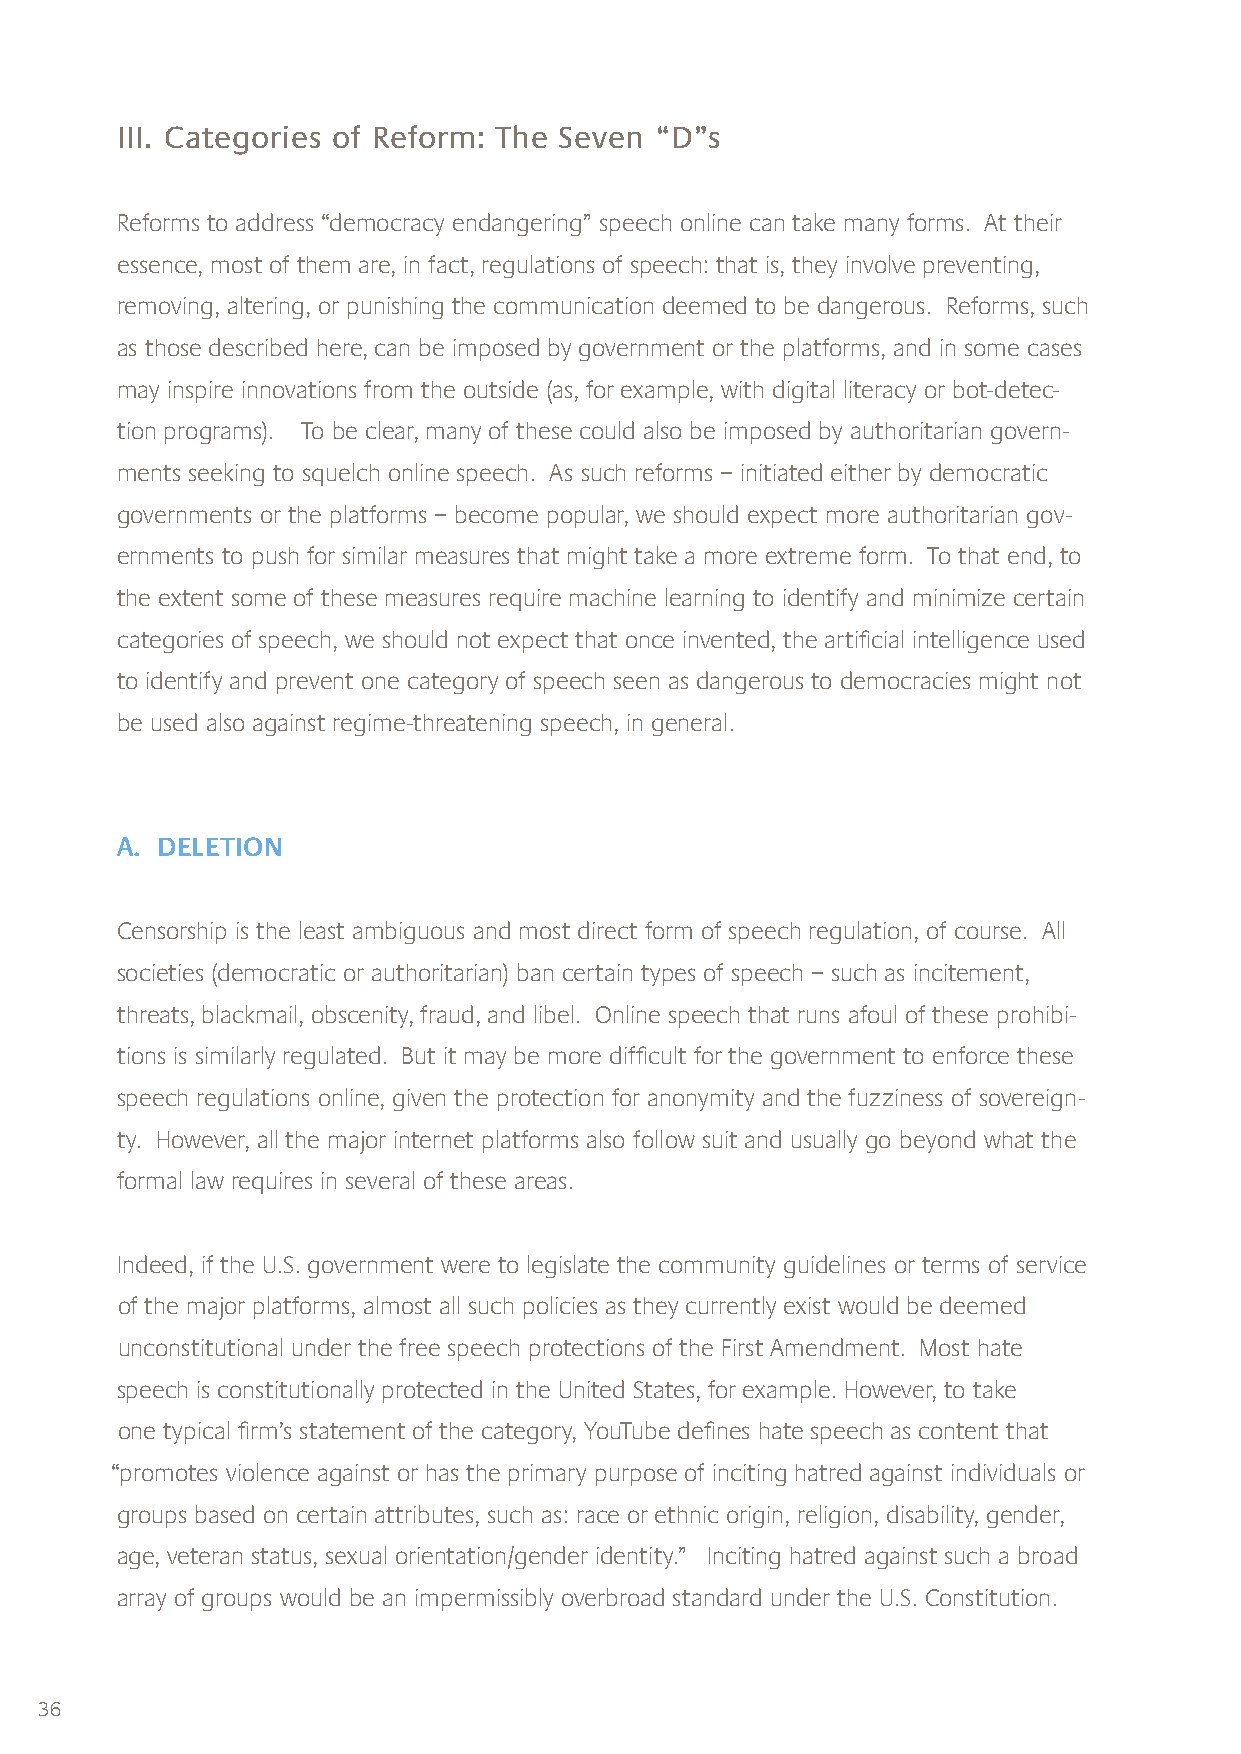
III. Categories of Reform: The Seven “D”s
 Reforms to address “democracy endangering” speech online can take many forms. At their
 essence, most of them are, in fact, regulations of speech: that is, they involve preventing,
 removing, altering, or punishing the communication deemed to be dangerous. Reforms, such
 as those described here, can be imposed by government or the platforms, and in some cases
 may inspire innovations from the outside (as, for example, with digital literacy or bot-detec-
 tion programs). To be clear, many of these could also be imposed by authoritarian govern-
 ments seeking to squelch online speech. As such reforms – initiated either by democratic
 governments or the platforms – become popular, we should expect more authoritarian gov-
 ernments to push for similar measures that might take a more extreme form. To that end, to
 the extent some of these measures require machine learning to identify and minimize certain
 categories of speech, we should not expect that once invented, the artificial intelligence used
 to identify and prevent one category of speech seen as dangerous to democracies might not
 be used also against regime-threatening speech, in general.
 A. DELETION
 Censorship is the least ambiguous and most direct form of speech regulation, of course. All
 societies (democratic or authoritarian) ban certain types of speech – such as incitement,
 threats, blackmail, obscenity, fraud, and libel. Online speech that runs afoul of these prohibi-
 tions is similarly regulated. But it may be more difficult for the government to enforce these
 speech regulations online, given the protection for anonymity and the fuzziness of sovereign-
 ty. However, all the major internet platforms also follow suit and usually go beyond what the
 formal law requires in several of these areas.
 Indeed, if the U.S. government were to legislate the community guidelines or terms of service
 of the major platforms, almost all such policies as they currently exist would be deemed
 unconstitutional under the free speech protections of the First Amendment. Most hate
 speech is constitutionally protected in the United States, for example. However, to take
 one typical firm’s statement of the category, YouTube defines hate speech as content that
 “promotes violence against or has the primary purpose of inciting hatred against individuals or
 groups based on certain attributes, such as: race or ethnic origin, religion, disability, gender,
 age, veteran status, sexual orientation/gender identity.” Inciting hatred against such a broad
 array of groups would be an impermissibly overbroad standard under the U.S. Constitution.
 36